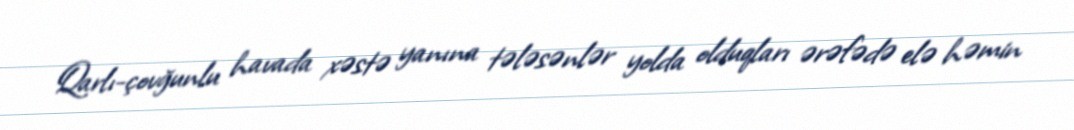
Qarlı-çovğunlu havada xəstə yanına tələsənlər yolda olduqları ərəfədə elə həmin